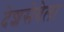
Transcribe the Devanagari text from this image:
देशसेवेला